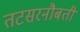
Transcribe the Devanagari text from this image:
तटसरनौबती